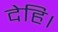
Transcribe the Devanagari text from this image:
देहि।